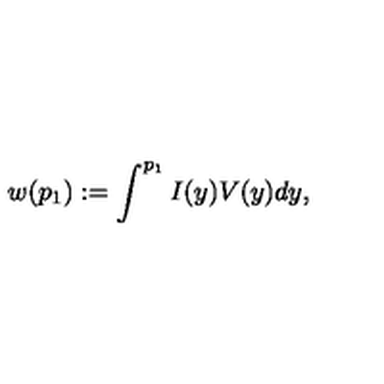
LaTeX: w ( p _ { 1 } ) : = \int ^ { p _ { 1 } } I ( y ) V ( y ) d y ,